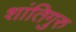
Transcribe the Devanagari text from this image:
शांतिगुरु